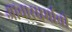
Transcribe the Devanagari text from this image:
आचारधर्माची